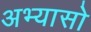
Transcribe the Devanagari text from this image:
अभ्यासो